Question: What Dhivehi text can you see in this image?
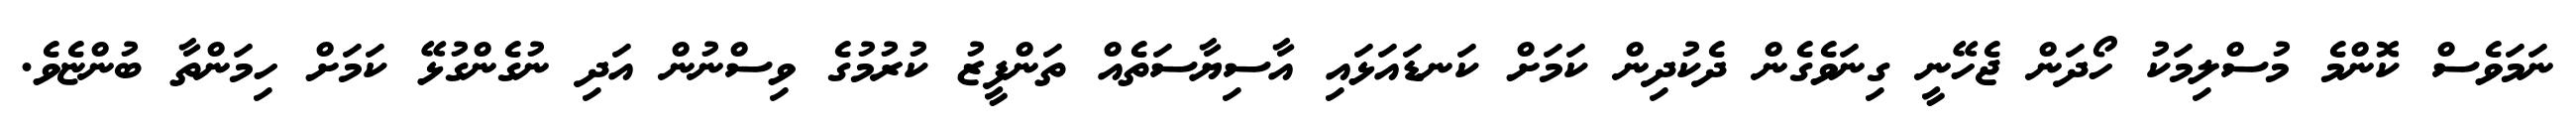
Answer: ނަމަވެސް ކޮންމެ މުސްލިމަކު ހޯދަން ޖެހޭނީ ގިނަވެގެން ދެކުދިން ކަމަށް ކަނޑައަޅައި އާސިޔާސަތެއް ތަންފީޒު ކުރުމުގެ ވިސްނުން އަދި ނުގެންގުޅޭ ކަމަށް ހިމަންތާ ބުންޏެވެ.